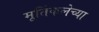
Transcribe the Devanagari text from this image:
मूर्तिकलेच्या